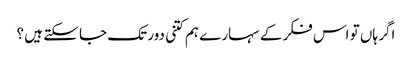
اگر ہاں تو اس فکر کے سہارے ہم کتنی دور تک جا سکتے ہیں ؟